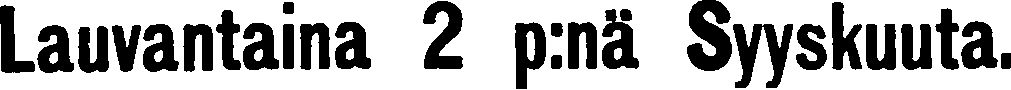
Lauvantaina 2 p:nä Syyskuuta.